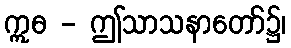
ဣဓ - ဤသာသနာတော်၌၊